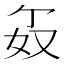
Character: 𪥯